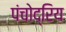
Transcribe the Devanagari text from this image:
पंचोद्रिय